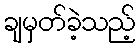
ချမှတ်ခဲ့သည့်